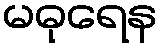
မဓုရေန